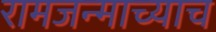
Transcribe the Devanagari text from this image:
रामजन्माच्याच